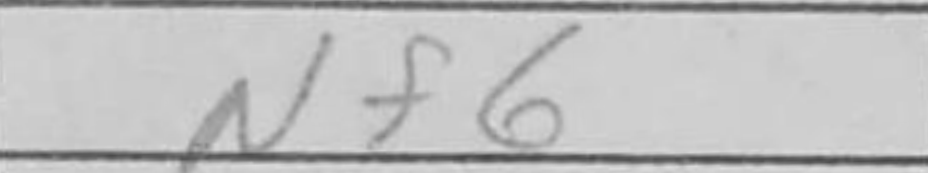
Transcription: Nf6